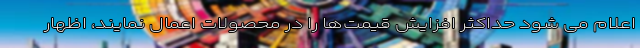
اعلام می شود حداکثر افزایش قیمت‌ها را در محصولات اعمال نمایند، اظهار